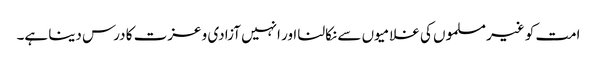
امت کو غیرمسلموں کی غلامیوں سے نکالنا اور انہیں آزادی و عزت کا درس دینا ہے۔